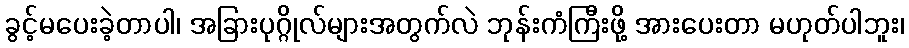
ခွင့်မပေးခဲ့တာပါ၊ အခြားပုဂ္ဂိုလ်များအတွက်လဲ ဘုန်းကံကြီးဖို့ အားပေးတာ မဟုတ်ပါဘူး၊